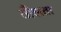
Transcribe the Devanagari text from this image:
तौलता